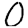
Digit: 0